Document type: Grant
Year: 1232
Scribe: Berenguer de Clos
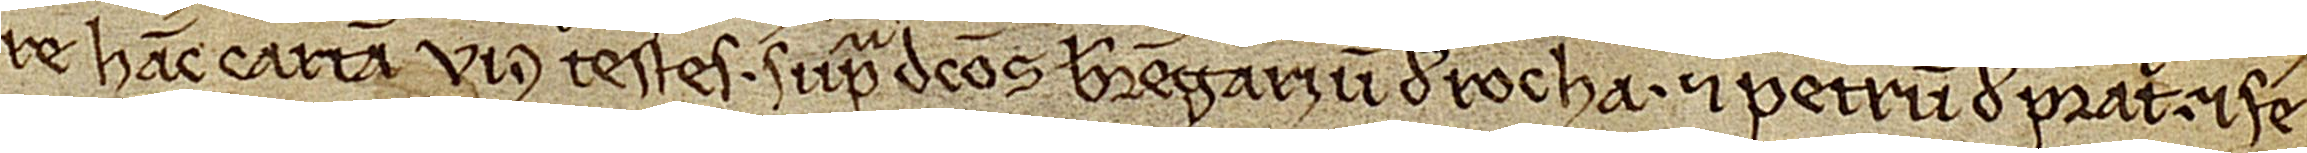
re hanc cartam videlicet testes supradictos Berengarius de Rocha et Petrus de Prati, et fe-